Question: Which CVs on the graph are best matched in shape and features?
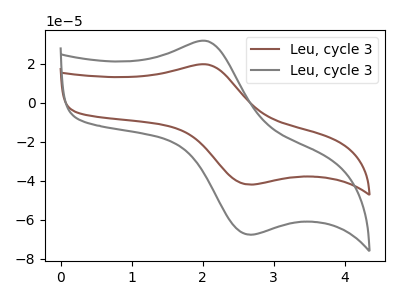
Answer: <think>The brown curve "Leu, cycle 31" has an anodic peak at (2.05V, 19.55uA) and a cathodic peak at (2.65V, -41.90uA). The gray curve "Leu, cycle 32" has an anodic peak at (2.05V, 31.55uA) and a cathodic peak at (2.65V, -67.55uA).
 All the peaks in "Leu, cycle 31" have a peak in "Leu, cycle 32" at the same potential. Every peak in "Leu, cycle 31" is lower than every peak in "Leu, cycle 32".</think>
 <answer>"Leu, cycle 32" and "Leu, cycle 31" have the same shape and are likely CV's of the same chemical.</answer>
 <eval>"Leu, cycle 32" "Leu, cycle 31"</eval>